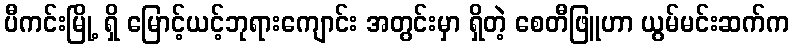
ပီကင်းမြို့ ရှိ မြောင့်ယင့်ဘုရားကျောင်း အတွင်းမှာ ရှိတဲ့ စေတီဖြူဟာ ယွမ်မင်းဆက်က